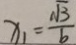
x _ { 1 } = \frac { \sqrt { 3 } } { b }